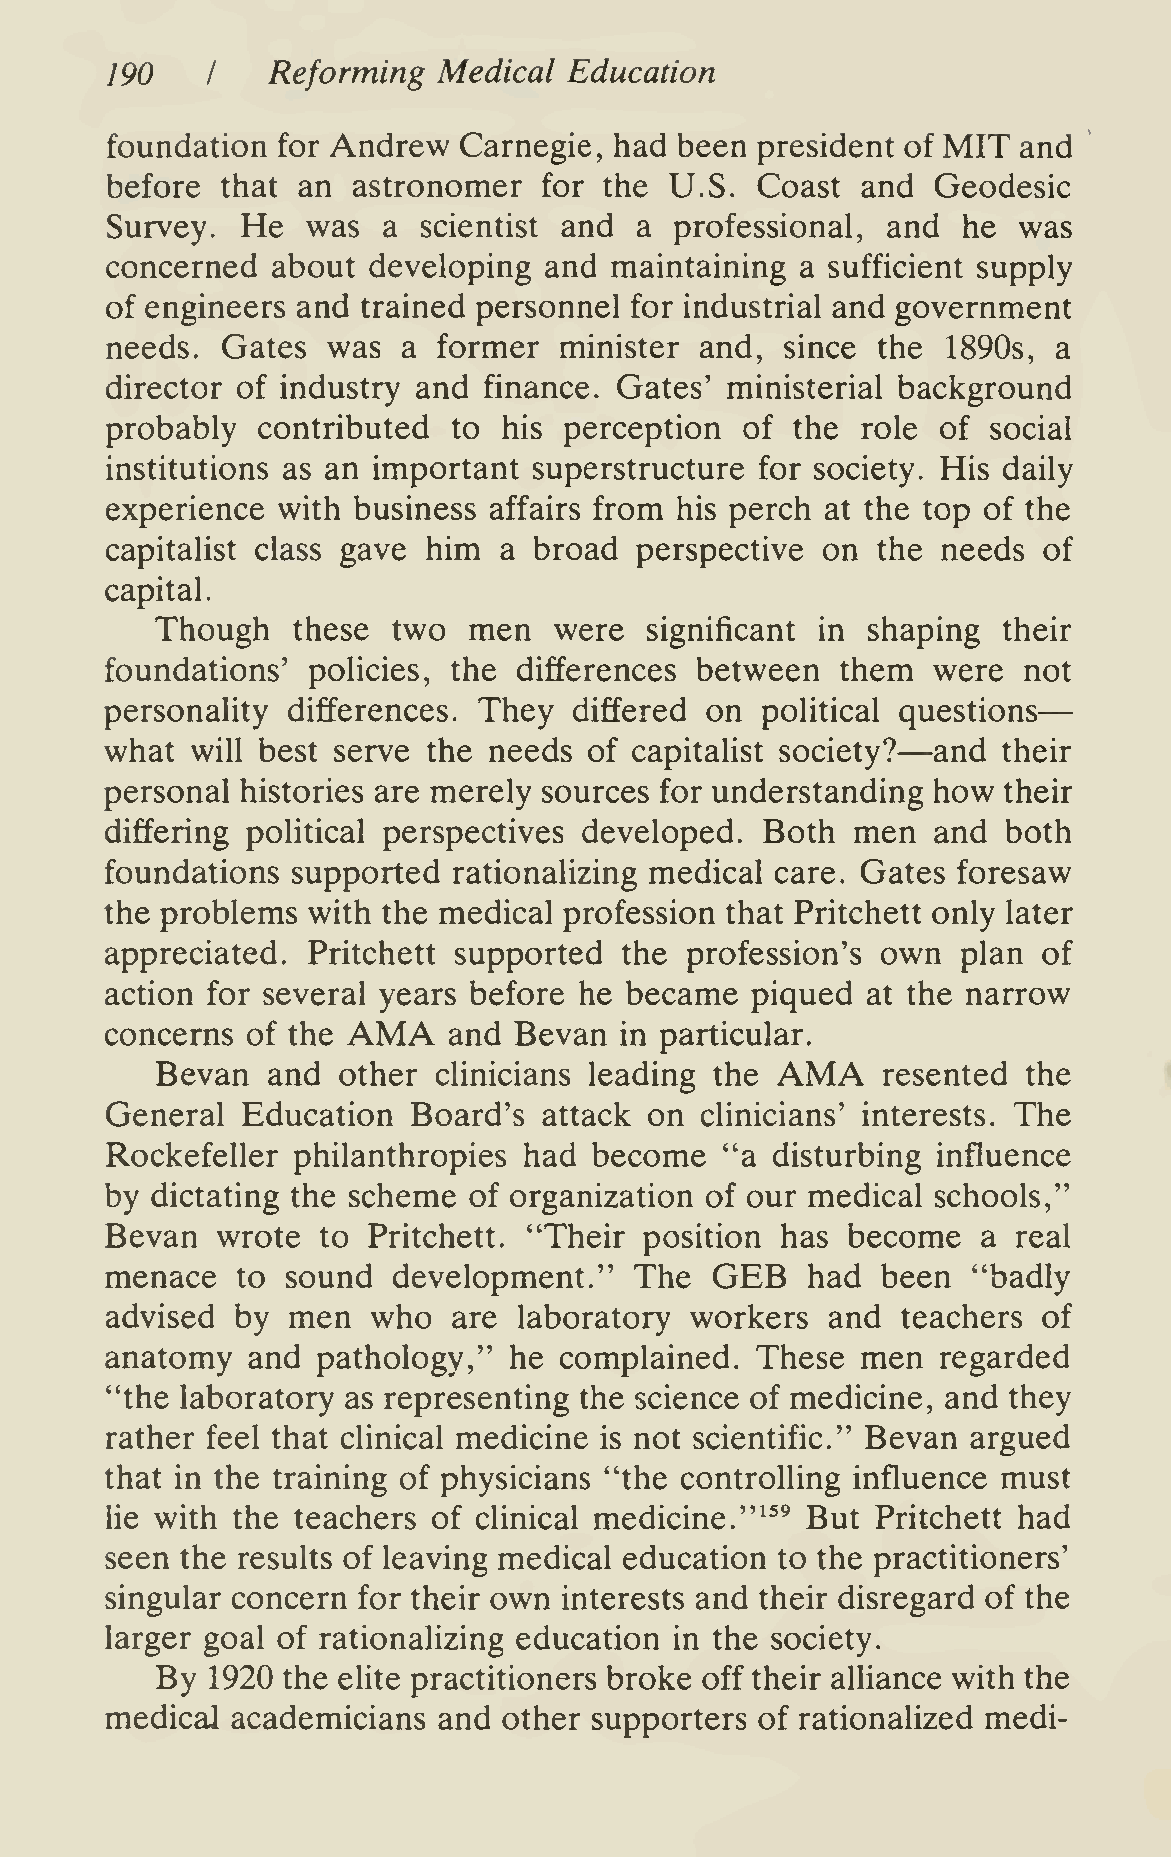
—
 190        Reforming  Medical  Education
 I
 foundation for Andrew  Carnegie,  had been president of MIT and
 before  that an astronomer   for the U.S.  Coast  and  Geodesic
 Survey.  He  was  a  scientist and a  professional, and  he was
 concerned  about developing  and  maintaining a sufficient supply
 of engineers and trained personnel for industrial and government
 needs.  Gates  was  a former  minister and,  since the  1890s, a
 director of industry and finance. Gates' ministerial background
 probably  contributed  to his perception  of  the role of  social
 institutions as an important superstructure for society. His daily
 experience with business affairs from his perch at the top of the
 capitalist class gave him a broad  perspective on  the needs  of
 capital.
 Though   these  two  men   were  significant in shaping their
 foundations' policies, the differences between   them  were  not
 personality differences. They  differed on political questions
 —
 what  will best serve the needs of capitalist society? and their
 personal histories are merely sources for understanding how their
 differing political perspectives developed. Both  men  and  both
 foundations supported  rationalizing medical care. Gates foresaw
 the problems with the medical profession that Pritchett only later
 appreciated. Pritchett supported  the profession's own   plan of
 action for several years before he became  piqued at the narrow
 AMA
 concerns of the        and Bevan  in particular.
 AMA
 Bevan   and other  clinicians leading the       resented  the
 General  Education  Board's  attack on clinicians' interests. The
 Rockefeller philanthropies  had become   "a disturbing influence
 by dictating the scheme of organization of our medical schools,"
 Bevan  wrote  to Pritchett. "Their  position has become   a real
 GEB
 menace   to sound  development."   The        had  been  "badly
 advised  by men   who  are laboratory  workers  and  teachers of
 anatomy  and  pathology,"  he complained.  These  men  regarded
 "the laboratory as representing the science of medicine, and they
 rather feel that clinical medicine is not scientific." Bevan argued
 that in the training of physicians "the controlling influence must
 lie with the teachers of clinical medicine."^^^ But Pritchett had
 seen the results of leaving medical education to the practitioners'
 singular concern for their own interests and their disregard of the
 larger goal of rationalizing education in the society.
 By  1920 the elite practitioners broke off their alUance with the
 medical academicians  and other supporters of rationalized medi-